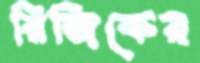
রিজিকের